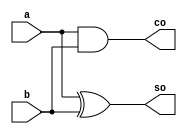
//
module h_adder(a,b,so,co);
	input a,b;
	output so,co;
	assign so = a ^ b;
	assign co = a & b;
endmodule